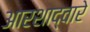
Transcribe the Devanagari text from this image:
आरशाद्वारे